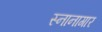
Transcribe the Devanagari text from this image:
स्‍नानागार